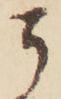
了